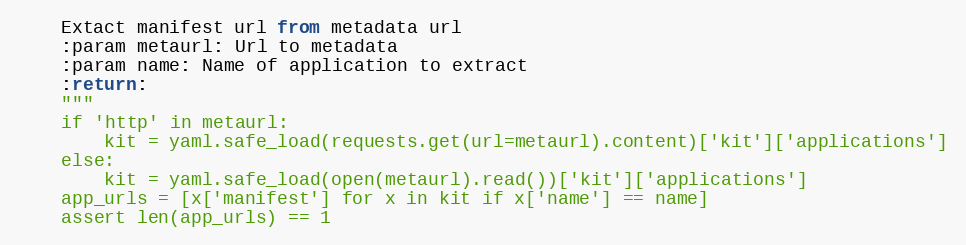
Language: Python
    Extact manifest url from metadata url
    :param metaurl: Url to metadata
    :param name: Name of application to extract
    :return:
    """
    if 'http' in metaurl:
        kit = yaml.safe_load(requests.get(url=metaurl).content)['kit']['applications']
    else:
        kit = yaml.safe_load(open(metaurl).read())['kit']['applications']
    app_urls = [x['manifest'] for x in kit if x['name'] == name]
    assert len(app_urls) == 1